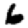
Digit: 6